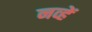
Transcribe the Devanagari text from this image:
नव्हें